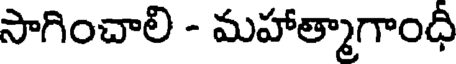
సాగించాలి - మహాత్మాగాంధీ